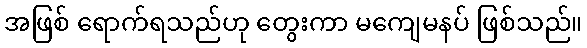
အဖြစ် ရောက်ရသည်ဟု တွေးကာ မကျေမနပ် ဖြစ်သည်။